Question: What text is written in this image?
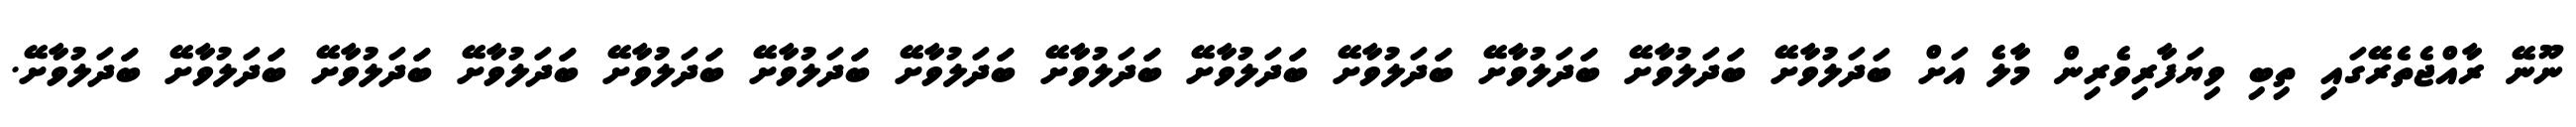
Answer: ނޫނޭ ރާއްޖެތެރޭގައި ތިބި ވިޔަފާރިވެރިން މާލެ އަށް ބަދަލުވާށޭ ބަަދަލުވާށޭ ބަަދަލުވާށޭ ބަަދަލުވާށޭ ބަަދަލުވާށޭ ބަަދަލުވާށޭ ބަަދަލުވާށޭ ބަަދަލުވާށޭ ބަަދަލުވާށޭ ބަަދަލުވާށޭ ބަަދަލުވާށޭ ބަަދަލުވާށޭ ބަަދަލުވާށޭ.